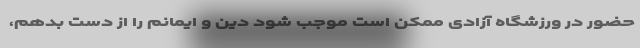
حضور در ورزشگاه آزادی ممکن است موجب شود دین و ایمانم را از دست بدهم،